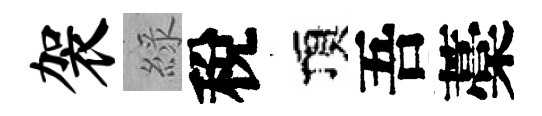
袈綠稅頂吾藁